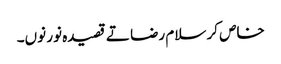
خاص کر سلام رضا تے قصیدہ نور نو‏ں۔